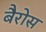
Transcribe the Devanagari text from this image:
बैरोस